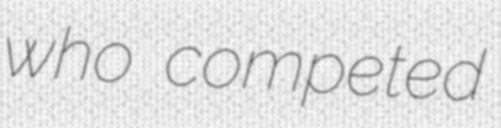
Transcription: who competed